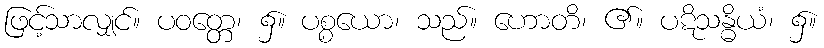
ဖြင့်သာလျှင်။ ပဝတ္တေ၊ ၌။ ပစ္စယော၊ သည်။ ဟောတိ၊ ၏။ ပဋိသန္ဓိယံ၊ ၌။